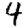
Digit: 4